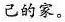
己的家。